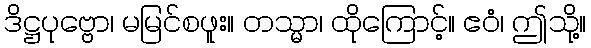
ဒိဋ္ဌပုဗ္ဗော၊ မမြင်စဖူး။ တသ္မာ၊ ထိုကြောင့်။ ဧဝံ၊ ဤသို့။